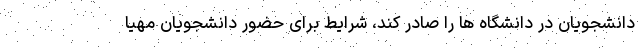
دانشجویان در دانشگاه ها را صادر کند، شرایط برای حضور دانشجویان مهیا